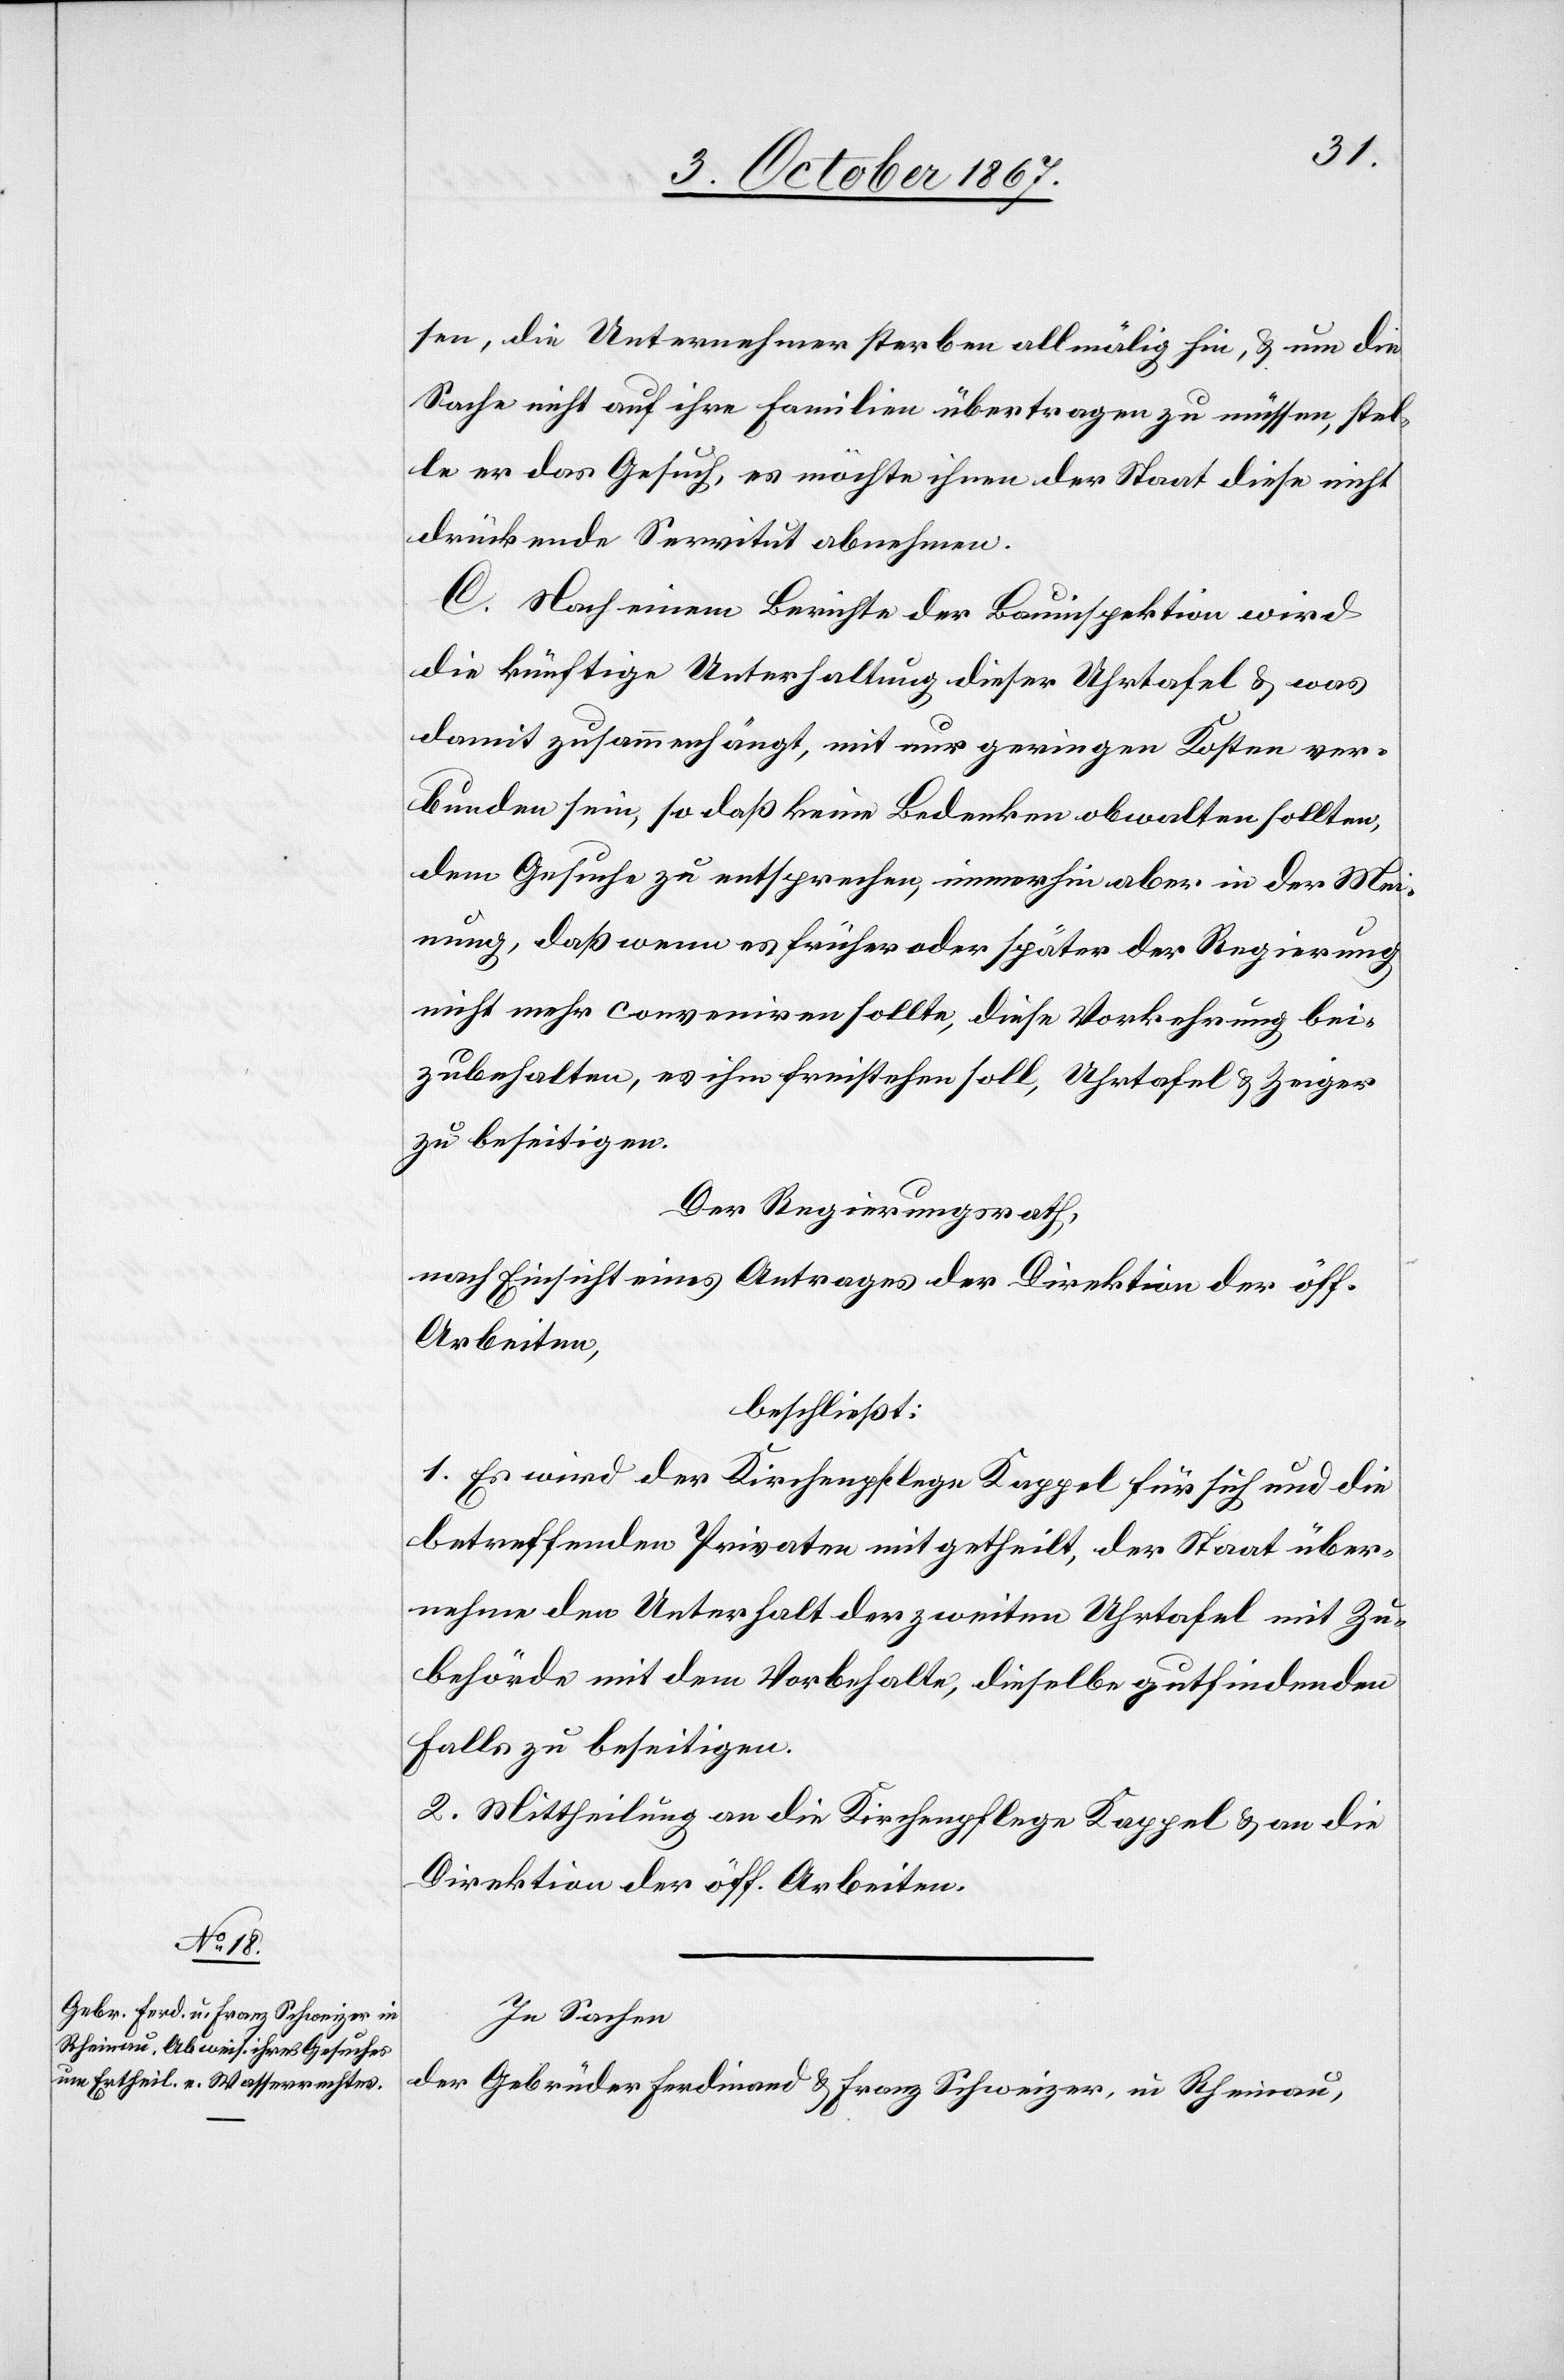
sen, die Unternehmer sterben allmälig hin, u. um die
Sache nicht auf ihre Familien übertragen zu müssen, stel¬
le er das Gesuch, es möchte ihnen der Staat diese nicht
drückende Servitut abnehmen.
C. Nach einem Bericht der Bauinspektion wird
die künftige Unterhaltung dieser Uhrtafel u. was
damit zusammenhängt, mit nur geringen Kosten ver¬
bunden sein, so daß keine Bedenken obwalten sollten,
dem Gesuche zu entsprechen, immerhin aber in der Mei¬
nung, daß wenn es früher oder später der Regierung
nicht mehr conveniren sollte, diese Vorkehrung bei¬
zubehalten, es ihm freistehen soll, Uhrtafel u. Zeiger
zu beseitigen.
Der Regierungsrath,
nach Einsicht eines Antrages der Direktion der öff.
Arbeiten,
beschließt:
1. Es wird der Kirchenpflege Kappel für sich und die
betreffenden Privaten mitgetheilt, der Staat über¬
nehme den Unterhalt der zweiten Uhrtafel mit Zu¬
behörde mit dem Vorbehalt, dieselbe gutfindenden
Falls zu beseitigen.
2. Mittheilung an die Kirchenpflege Kappel u. an die
Direktion der öff. Arbeiten.
In Sachen
der Gebrüder Ferdinand u. Franz Schweizer, in Rheinau,